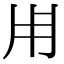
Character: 𤰃